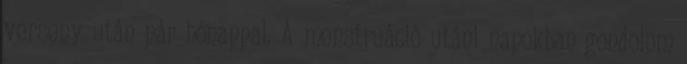
verseny után pár hónappal. A menstruáció utáni napokban gondolom